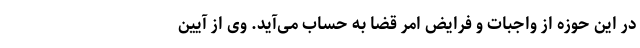
در این حوزه از واجبات و فرایض امر قضا به حساب می‌آید. وی از آیین